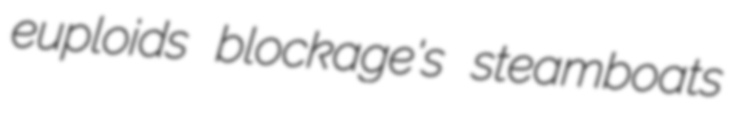
euploids blockage's steamboats